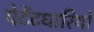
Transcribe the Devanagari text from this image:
पेटेंटधारियों